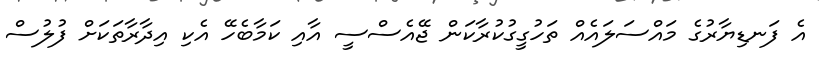
އެ ފަނޑިޔާރުގެ މައްސަލައެއް ތަހުގީގުކުރާކަން ޖޭއެސްސީ އާއި ކަމާބެހޭ އެކި އިދާރާތަކަށް ފުލުސް